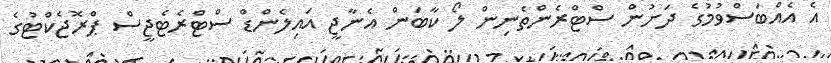
އެ އެއްބަސްވުމުގެ ދަށުން ސްޓްރެންތެނިން ލޯ ކާބަން އެނާޖީ އައިލެންޑް ސްޓްރެޓެޖީސް ޕްރޮޖެކްޓުގެ